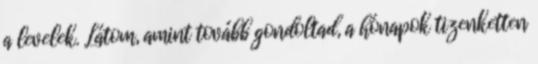
a levelek. Látom, amint tovább gondoltad, a hónapok tizenketten